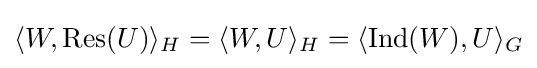
\langle W,{\text{Res}}(U)\rangle _{H}=\langle W,U\rangle _{H}=\langle {\text{Ind}}(W),U\rangle _{G}